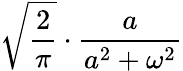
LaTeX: {\sqrt{\frac{2}{\pi}}}\cdot{\frac{a}{a^{2}+\omega^{2}}}